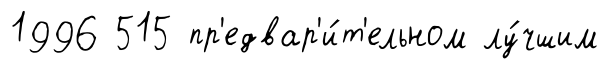
1996 515 пр'едвар'и́т'ельном лу́чшим